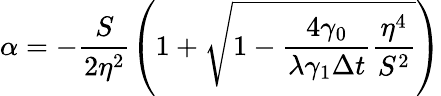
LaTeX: \alpha=-\frac{S}{2\eta^{2}}\left(1+\sqrt{1-\frac{4\gamma_{0}}{\lambda\gamma_{1}\Delta t}\frac{\eta^{4}}{S^{2}}}\right)